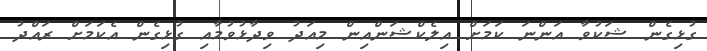
ގުޅިގެން ޝަކުވާ އަންނަ ކަމަށް އިލެކްޝަންއިން މިއަދު ވިދާޅުވުމާއި ގުޅިގެން އެކަމަށް ރައްދު